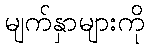
မျက်နှာများကို